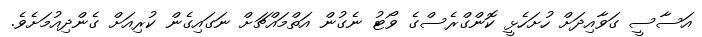
އަސާސީ ގަވާއިދަށް ހުށަހެޅީ ކޮންގްރެސްގެ ވޯޓު ނެގުން އަތްމައްޗަށް ނަގައިގެން ކުރިއަށް ގެންދިއުމަށެވެ.